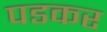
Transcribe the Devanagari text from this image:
पडकर